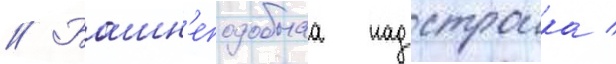
// Башн'еподобнаа надстроика /